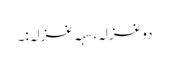
دو غزلہ، سہہ غزلہ:۔